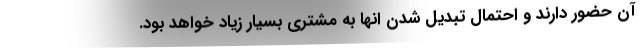
آن حضور دارند و احتمال تبدیل شدن انها به مشتری بسیار زیاد خواهد بود.